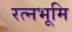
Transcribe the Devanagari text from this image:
रत्नभूमि